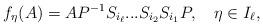
LaTeX: \begin{align*}f_\eta(A)=AP^{-1}S_{i_\ell}...S_{i_2}S_{i_1}P,\ \ \ \eta\in I_\ell,\end{align*}